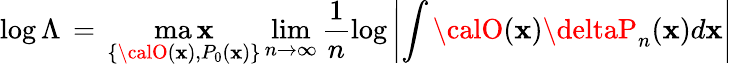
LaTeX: \log\Lambda\, =\, \operatorname*{ma\mathbf{x}}_{\{ {\calO}(\mathbf{x}),P_{0}(\mathbf{x})\} }\operatorname*{lim}_{n\to\infty}\frac{{1}}{{n}}\log\left|\int{\calO}(\mathbf{x})\deltaP_{n}(\mathbf{x})d\mathbf{x}\right|